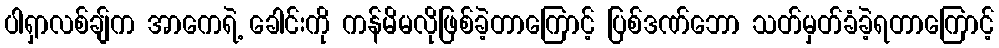
ပါရှာလစ်ချ်က အာကေရဲ့ ခေါင်းကို ကန်မိမလိုဖြစ်ခဲ့တာကြောင့် ပြစ်ဒဏ်ဘော သတ်မှတ်ခံခဲ့ရတာကြောင့်